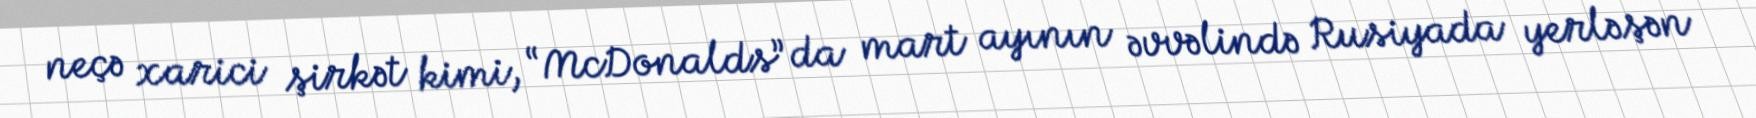
neçə xarici şirkət kimi, “McDonalds” da mart ayının əvvəlində Rusiyada yerləşən